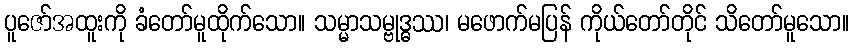
ပူဇော်အထူးကို ခံတော်မူထိုက်သော။ သမ္မာသမ္ဗုဒ္ဓဿ၊ မဖောက်မပြန် ကိုယ်တော်တိုင် သိတော်မူသော။